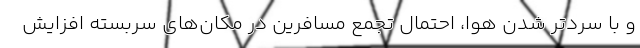
و با سردتر شدن هوا، احتمال تجمع مسافرین در مکان‌های سربسته افزایش